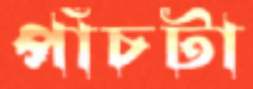
পাঁচটা